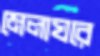
মেলাঘরে